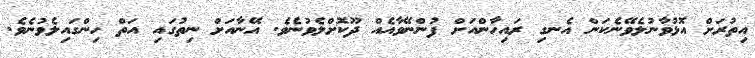
އިތުރަށް އޮޅުވާނުލެވޭނެކަން އެނގި ރައިހާންއަށް ފުންނޭވާއެއް ދޫކޮށްލެވުނެވެ. އޭނާއަށް ނިތުގައި އަތް ހިންގައިލެވުނެވެ.